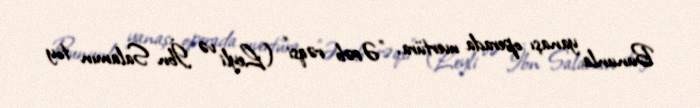
Bununla yanaşı operada uvertüra, "Ərəb rəqsi" (Leyli və İbn Salamın toy